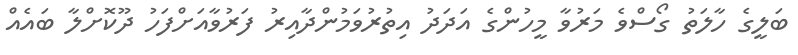
ބަލީގެ ހާލަތު ގޯސްވެ މަރުވާ މީހުންގެ އަދަދު އިތުރުވަމުންދާއިރު ފަރުވާއަށްފަހު ދޫކޮށްލާ ބައެއް